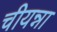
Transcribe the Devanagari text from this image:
चीयन्ना